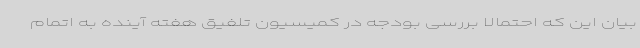
بیان این که احتمالا بررسی بودجه در کمیسیون تلفیق هفته آینده به اتمام